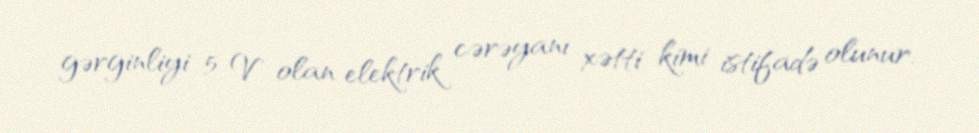
gərginliyi 5 V olan elektrik cərəyanı xətti kimi istifadə olunur.